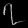
Digit: ၇